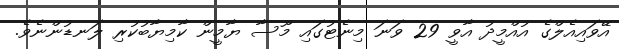
އޭވައިއެލްގެ އުއްމީދު އާވީ 29 ވަނަ މިނެޓުގައި މޫސާ ޔާމީން ކާމިޔާބުކުރި ލަނޑުންނެވެ.